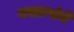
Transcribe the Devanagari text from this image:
बखल्यांचे